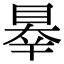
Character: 𥇝